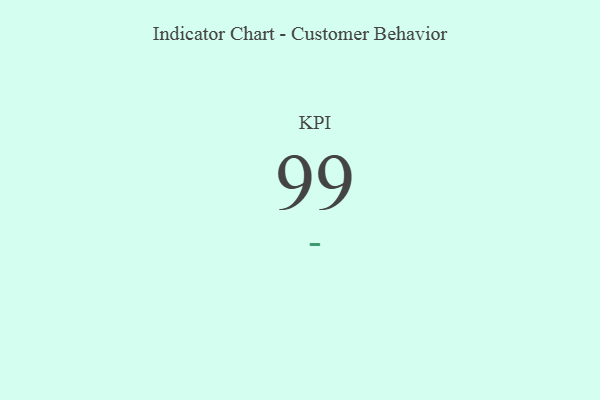
{"axis": {"x": "KPI", "y": "Value"}, "legend": [""], "data": [{"x": "KPI", "y": 99, "type": ""}]}